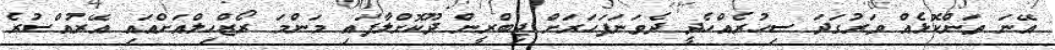
އޭނަ ތަންކޮޅެއް ވަރުގަދަ ސިހުރެއްހެދީ ދެވަނަފަހަރަށް ޖިބްރީން ދޫކޮށްލާފައި މަންމަ ރޯޒްހިލްއަށްއައި އޭރުއްސުރެ